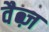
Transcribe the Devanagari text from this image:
वैब्ज़